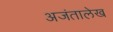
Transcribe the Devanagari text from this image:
अजंतालेख